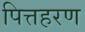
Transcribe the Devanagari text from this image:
पित्तहरण